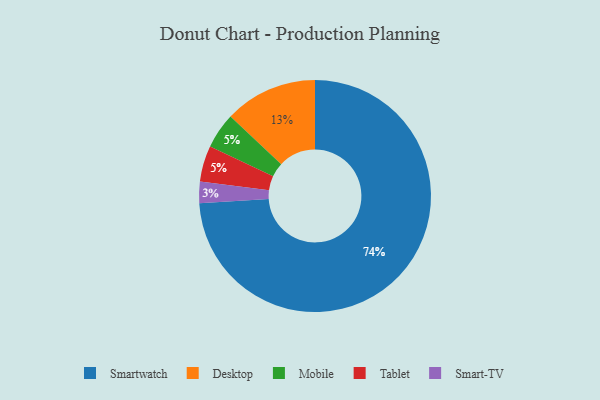
{"axis": {"x": "Category", "y": "Percentage"}, "legend": ["Desktop", "Mobile", "Smart-TV", "Smartwatch", "Tablet"], "data": [{"x": "Smartwatch", "y": 74, "type": "Smartwatch"}, {"x": "Mobile", "y": 5, "type": "Mobile"}, {"x": "Tablet", "y": 5, "type": "Tablet"}, {"x": "Smart-TV", "y": 3, "type": "Smart-TV"}, {"x": "Desktop", "y": 13, "type": "Desktop"}]}